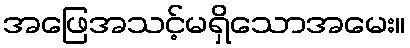
အဖြေအသင့်မရှိသောအမေး။